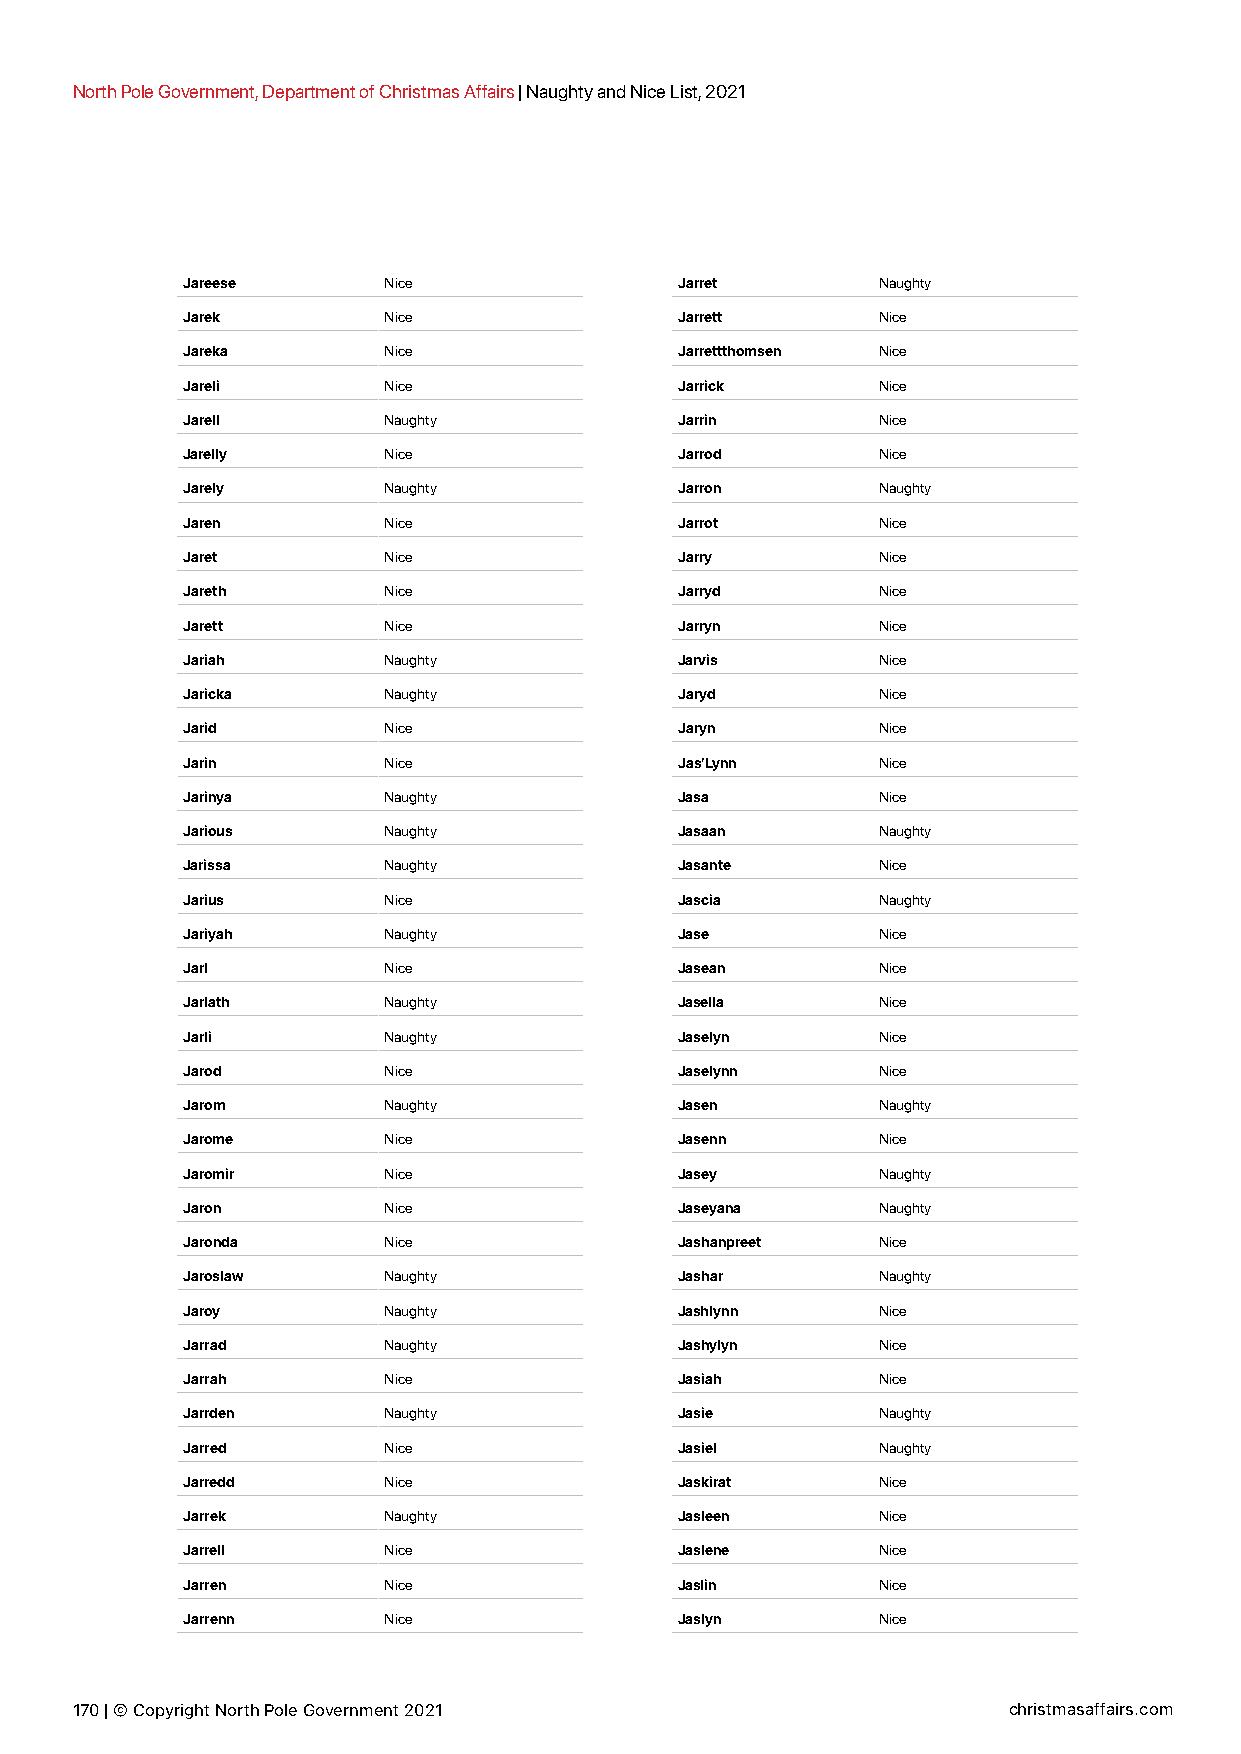
North Pole Government, Department of Christmas Affairs | Naughty and Nice List, 2021
 Jareese      Nice                Jarret       Naughty
 Jarek        Nice                Jarrett      Nice
 Jareka       Nice                Jarrettthomsen Nice
 Jareli       Nice                Jarrick      Nice
 Jarell       Naughty             Jarrin       Nice
 Jarelly      Nice                Jarrod       Nice
 Jarely       Naughty             Jarron       Naughty
 Jaren        Nice                Jarrot       Nice
 Jaret        Nice                Jarry        Nice
 Jareth       Nice                Jarryd       Nice
 Jarett       Nice                Jarryn       Nice
 Jariah       Naughty             Jarvis       Nice
 Jaricka      Naughty             Jaryd        Nice
 Jarid        Nice                Jaryn        Nice
 Jarin        Nice                Jas’Lynn     Nice
 Jarinya      Naughty             Jasa         Nice
 Jarious      Naughty             Jasaan       Naughty
 Jarissa      Naughty             Jasante      Nice
 Jarius       Nice                Jascia       Naughty
 Jariyah      Naughty             Jase         Nice
 Jarl         Nice                Jasean       Nice
 Jarlath      Naughty             Jasella      Nice
 Jarli        Naughty             Jaselyn      Nice
 Jarod        Nice                Jaselynn     Nice
 Jarom        Naughty             Jasen        Naughty
 Jarome       Nice                Jasenn       Nice
 Jaromir      Nice                Jasey        Naughty
 Jaron        Nice                Jaseyana     Naughty
 Jaronda      Nice                Jashanpreet  Nice
 Jaroslaw     Naughty             Jashar       Naughty
 Jaroy        Naughty             Jashlynn     Nice
 Jarrad       Naughty             Jashylyn     Nice
 Jarrah       Nice                Jasiah       Nice
 Jarrden      Naughty             Jasie        Naughty
 Jarred       Nice                Jasiel       Naughty
 Jarredd      Nice                Jaskirat     Nice
 Jarrek       Naughty             Jasleen      Nice
 Jarrell      Nice                Jaslene      Nice
 Jarren       Nice                Jaslin       Nice
 Jarrenn      Nice                Jaslyn       Nice
 170 | © Copyright North Pole Government 2021                  christmasaffairs.com